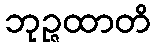
ဘုဉ္ဇထာတိ